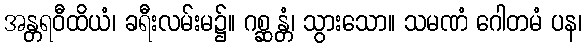
အန္တရဝီထိယံ၊ ခရီးလမ်းမ၌။ ဂစ္ဆန္တံ၊ သွားသော။ သမဏံ ဂေါတမံ ပန၊